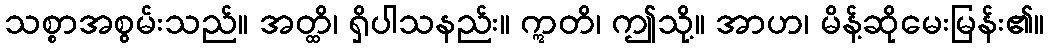
သစ္စာအစွမ်းသည်။ အတ္ထိ၊ ရှိပါသနည်း။ ဣတိ၊ ဤသို့။ အာဟ၊ မိန့်ဆိုမေးမြန်း၏။